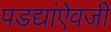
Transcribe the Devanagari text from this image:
पडद्यांऐवजी